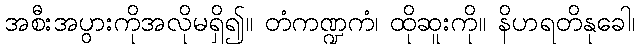
အစီးအပွားကိုအလိုမရှိ၍။ တံကဏ္ဍကံ၊ ထိုဆူးကို။ နိဟရတိနုခေါ၊